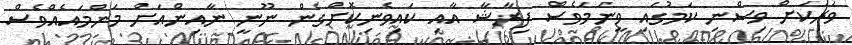
ވަރަކަށް ވިސްނި ކަމުގައި ވީނަމަވެސް ފިރާޝާ އާއި ކައިވެނިކޮށްގެން ނޫނީ ނާއިންއަށް މަންމައެއްވެސް